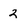
Character: 2